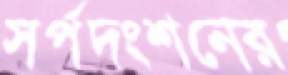
সর্পদংশনের